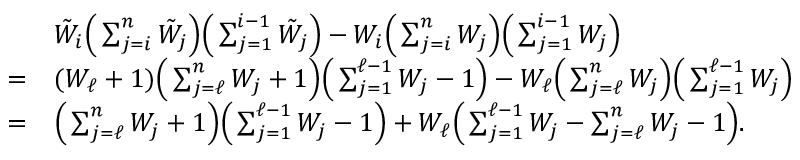
\begin{array} { r l } & { { \tilde { W } } _ { i } \Big ( \sum _ { j = i } ^ { n } { \tilde { W } } _ { j } \Big ) \Big ( \sum _ { j = 1 } ^ { i - 1 } { \tilde { W } } _ { j } \Big ) - W _ { i } \Big ( \sum _ { j = i } ^ { n } W _ { j } \Big ) \Big ( \sum _ { j = 1 } ^ { i - 1 } W _ { j } \Big ) } \\ { = } & { ( W _ { \ell } + 1 ) \Big ( \sum _ { j = \ell } ^ { n } W _ { j } + 1 \Big ) \Big ( \sum _ { j = 1 } ^ { \ell - 1 } W _ { j } - 1 \Big ) - W _ { \ell } \Big ( \sum _ { j = \ell } ^ { n } W _ { j } \Big ) \Big ( \sum _ { j = 1 } ^ { \ell - 1 } W _ { j } \Big ) } \\ { = } & { \Big ( \sum _ { j = \ell } ^ { n } W _ { j } + 1 \Big ) \Big ( \sum _ { j = 1 } ^ { \ell - 1 } W _ { j } - 1 \Big ) + W _ { \ell } \Big ( \sum _ { j = 1 } ^ { \ell - 1 } W _ { j } - \sum _ { j = \ell } ^ { n } W _ { j } - 1 \Big ) . } \end{array}